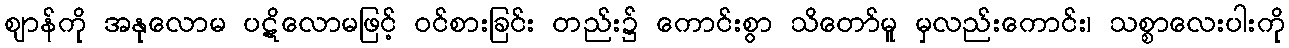
ဈာန်ကို အနုလောမ ပဋိလောမဖြင့် ဝင်စားခြင်း တည်း၌ ကောင်းစွာ သိတော်မူ မှလည်းကောင်း၊ သစ္စာလေးပါးကို